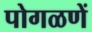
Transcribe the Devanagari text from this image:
पोगळणें